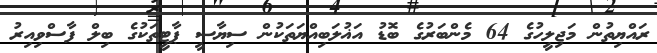
ރައްޔިތުން މަޖިލީހުގެ 64 މެންބަރުގެ ބޮޑު އަޣުލަބިއްޔަތަކުން ސިޔާސީ ޕާޓީތަކުގެ ބިލް ފާސްވިއިރު